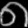
Digit: ၈